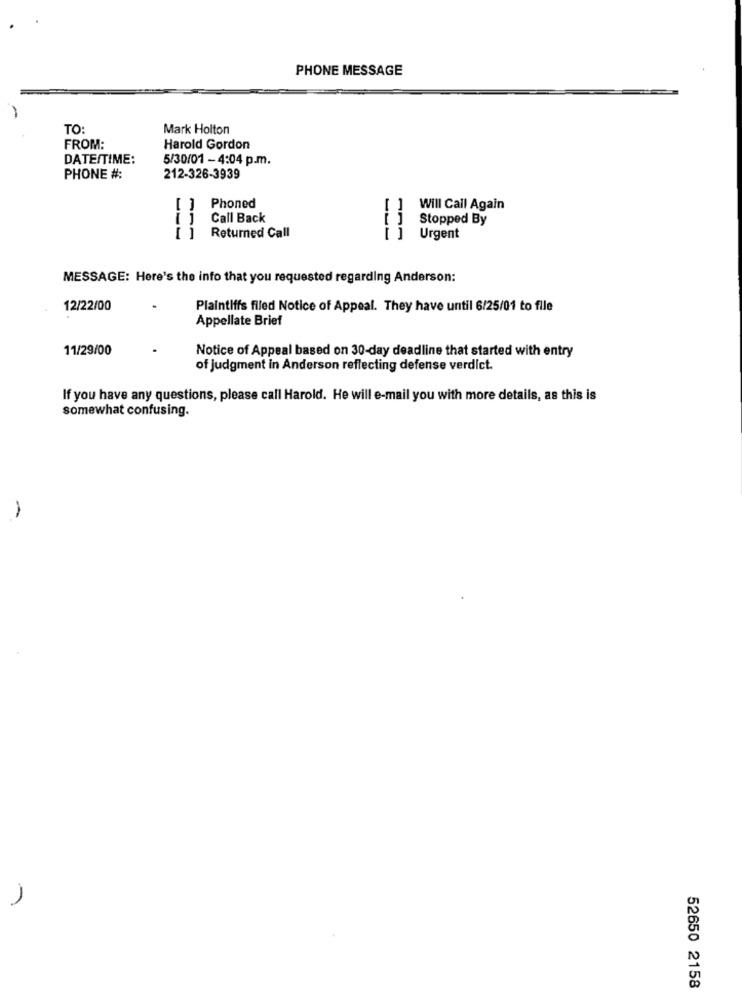
PHONE MESSAGE
TO:
Mark Holton
FROM:
Harold Gordon
DATE/TIME:
5/30/01 -4:04 p.m.
PHONE #:
212-326-3939
Phoned
-
Will Call Again
Call Back
Stopped By
Urgent
Returned Call
1
MESSAGE: Here's the info that you requested regarding Anderson:
12/22/00
Plaintiffs filed Notice of Appeal. They have until 6/25/01 to file
Appellate Brief
11/29/00
Notice of Appeal based on 30-day deadline that started with entry
of judgment in Anderson reflecting defense verdict.
If you have any questions, please call Harold. He will e-mail you with more details, as this is
somewhat confusing.
1
52650 2158